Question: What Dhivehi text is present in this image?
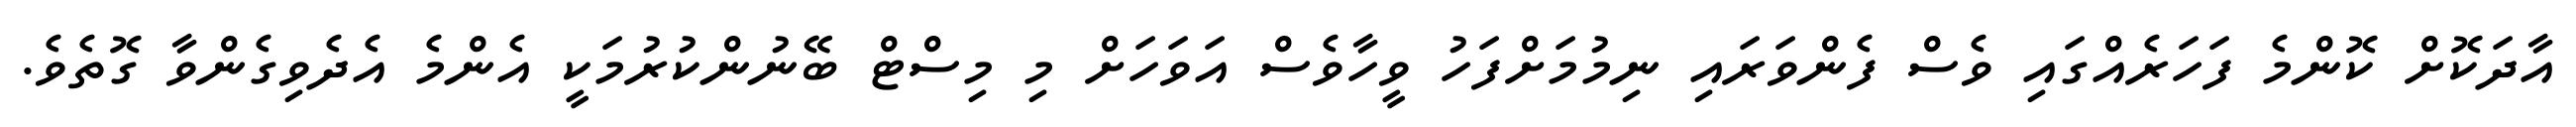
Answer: އާދަކޮށް ކޮންމެ ފަހަރެއްގައި ވެސް ފެންވަރައި ނިމުމަށްފަހު ވީހާވެސް އަވަހަށް މި މިސްޓް ބޭނުންކުރުމަކީ އެންމެ އެދެވިގެންވާ ގޮތެވެ.